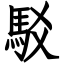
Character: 駁